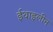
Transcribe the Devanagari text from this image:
ईथाइलीन